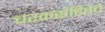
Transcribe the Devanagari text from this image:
चरकसंहितेचे